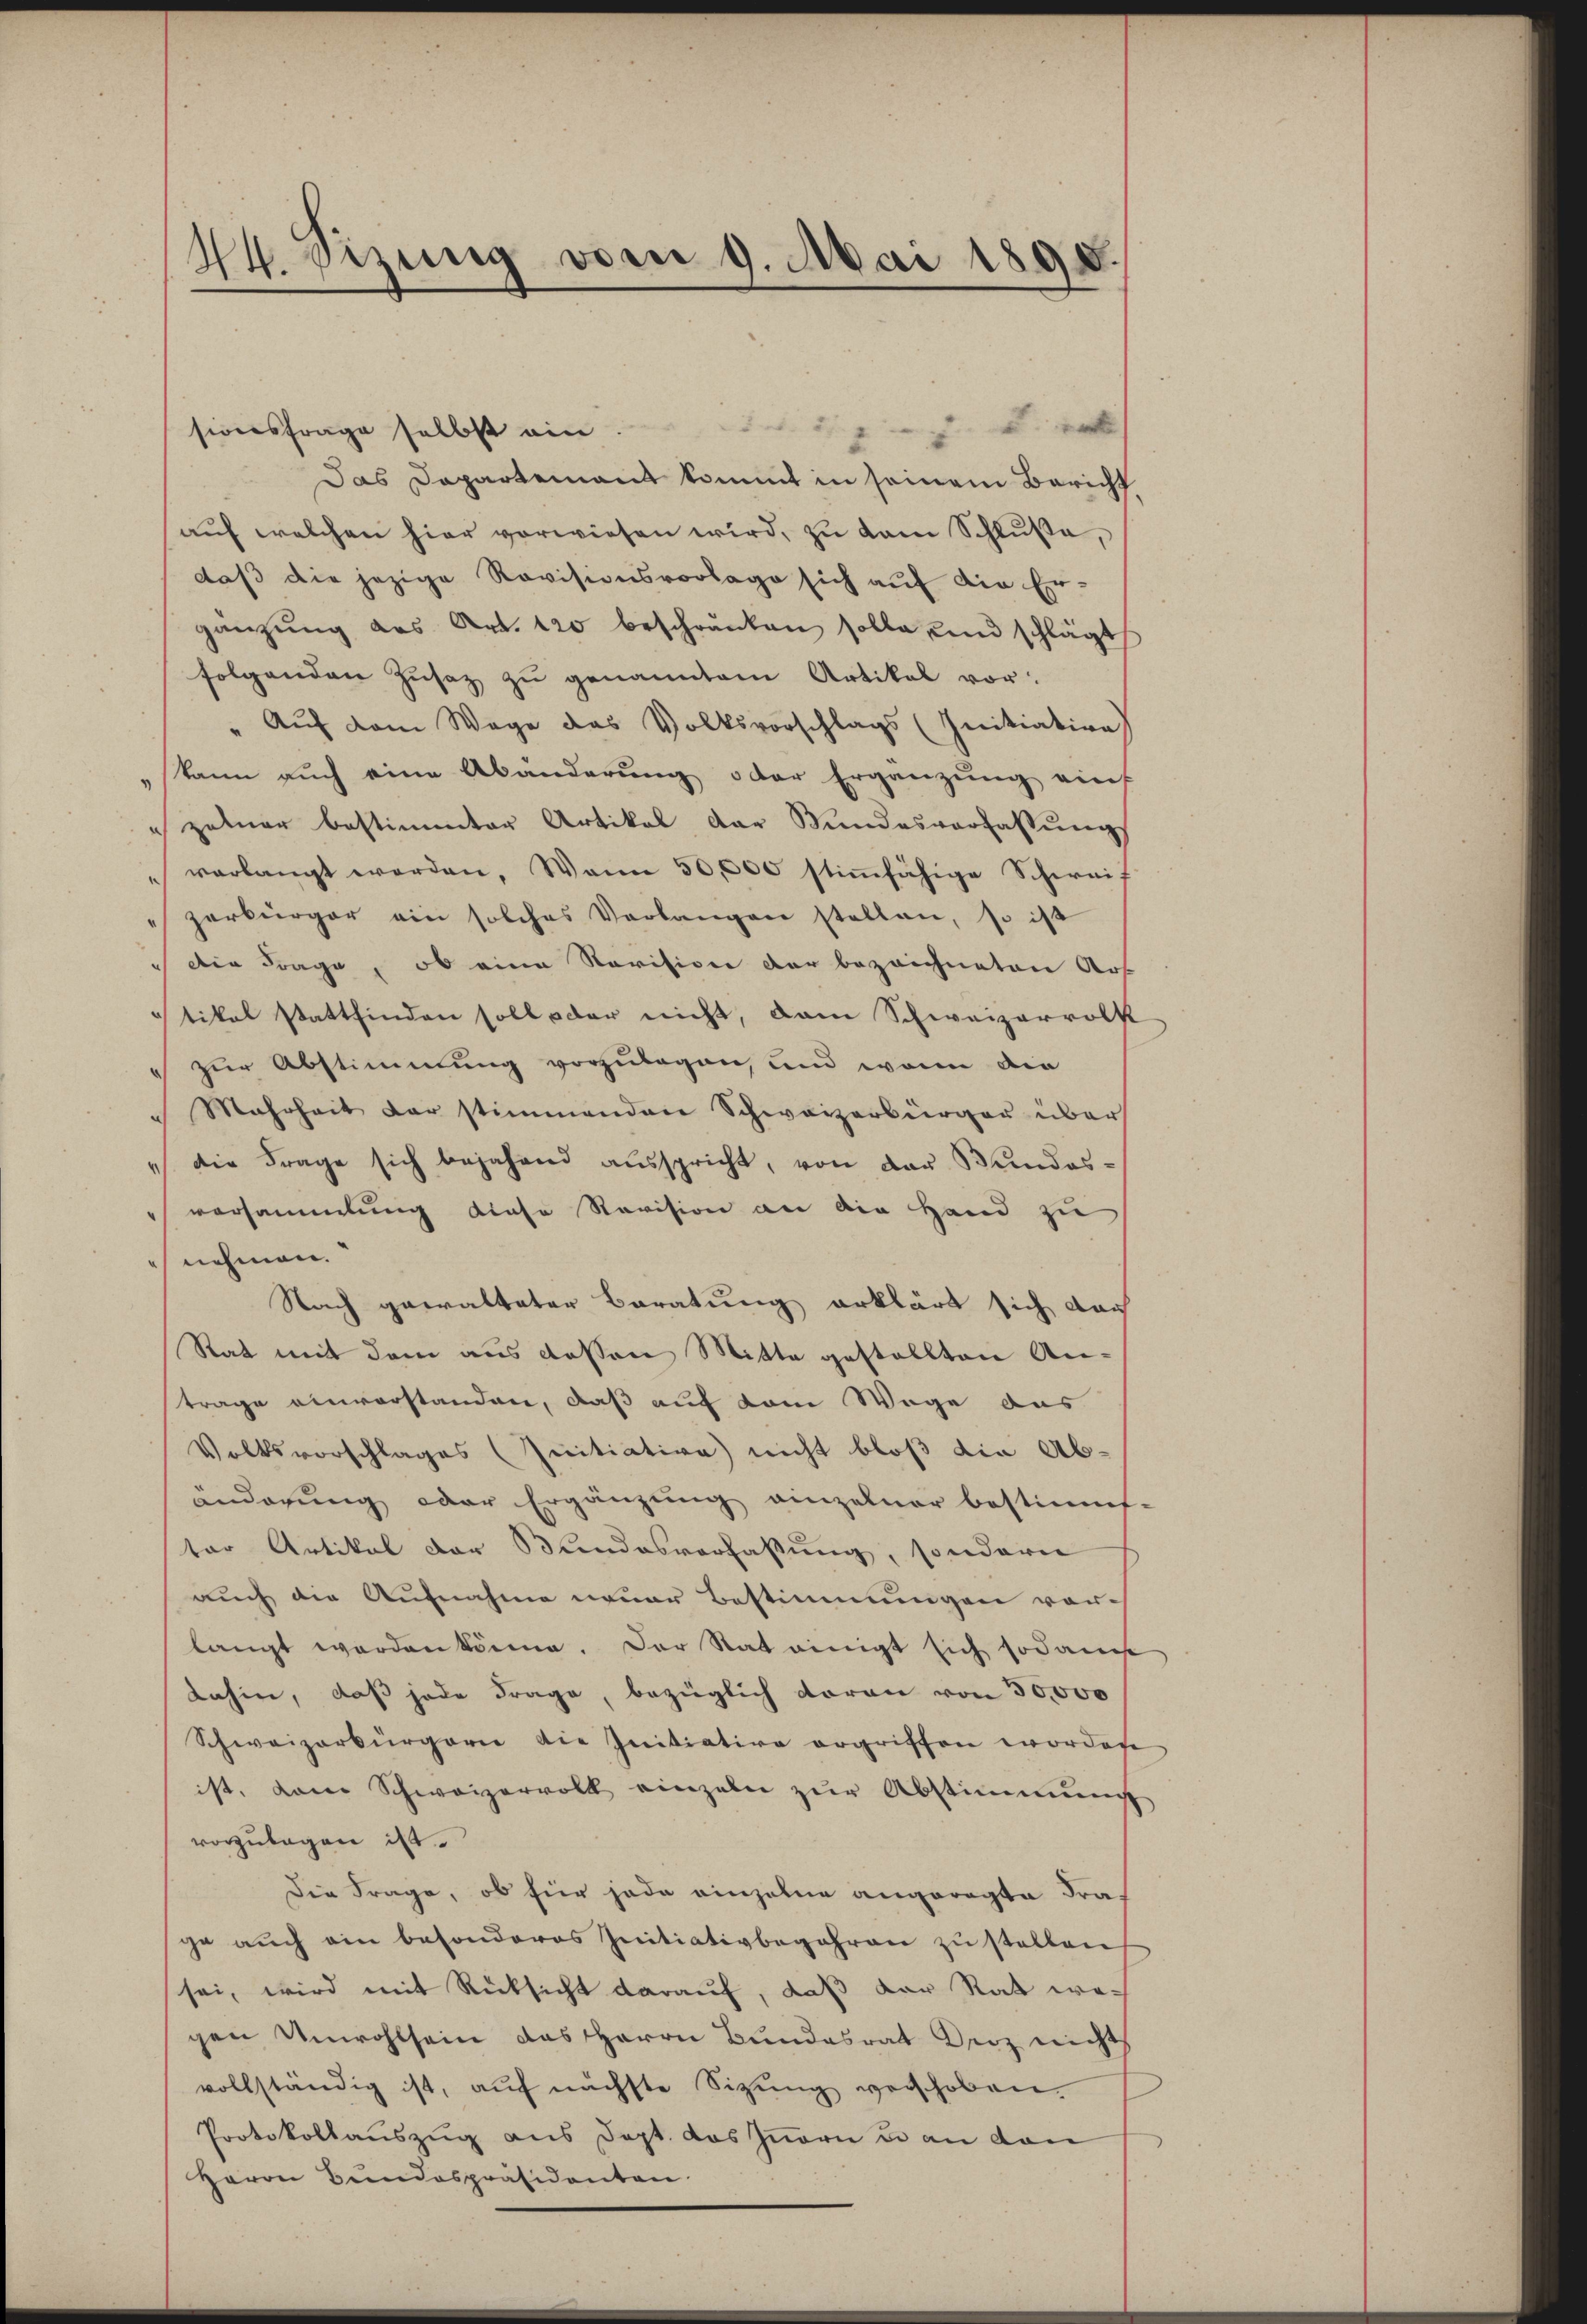
44. Eizung vom 9. Mai 1898.

sionsfrage selbst ein.
Das Departement kommt in seinem Bericht
aŭf welchen hier vorwiesen wird, zu kam Schlŭβe,
daß die jezige Revisionsvorlage sich auf die Er-
gänzŭng das Art. 120 beschränken solle, und schlägt
folgenden Zŭsatz zu genanntem Artikal vor.
" Auf dem Wege des Volksvorschlags (Initiation)
kann auch eine Abänderŭng oder Ergänzung auf
zelner bestimmter Artikel der Bundesverfassŭng
verlangt werden. Wann 50,000 stiṁfähige Schweif
zerbürger ein solches Verlangen stellen, so ist
die Frage, ob eine Revision der bezeichneten Art
tikel stattfinden soll oder nicht, dam Schweizerrock
zur Abstimmung vorzulegen, und wenn die
Mahrheit der stimmenden Schweizerbürger über
die Frage sich bejahend aŭsspricht, von der Bundesvorsammlung diese Revision an die Hand zu
nehmen.
Nach gewalteter Beratung erklärt sich dach
Rat mit dem aus dessen Mitte gestellten Antrage einvorstanden, daß auf dem Wege das
Volksvorschlages (Initiative nicht bloß die Abänderung oder Ergänzung einzelner bestimmf-
ter Artikel der Bundesverfassung, sondern
auch die Aufnahme neuer Bestimmungen vorlangt worden könne. Der Stat einigt sich sodanck
dahin, daß jede Frage, bezüglich daran von 50,000
Schweizerbürgern die Initiative ergriffen worden
ist, dann Schweizervoll einzeln zur Abstimmung
vorzulegen ist.
Die Frage, ob für jede einzelne angeregte Frage auch ein besonderes Initiativbegehren zu stelleich
sei, wird mit Rücksicht darauf, daß der Rat wegen Unwohlsein das Herrn Bundesrat Derz nicht
vollständig ist, aŭf nächste Sitzŭng verschoben.
Protokollauszug aus Sept. das Innern u an dan
Herrn Bundespräsidenten